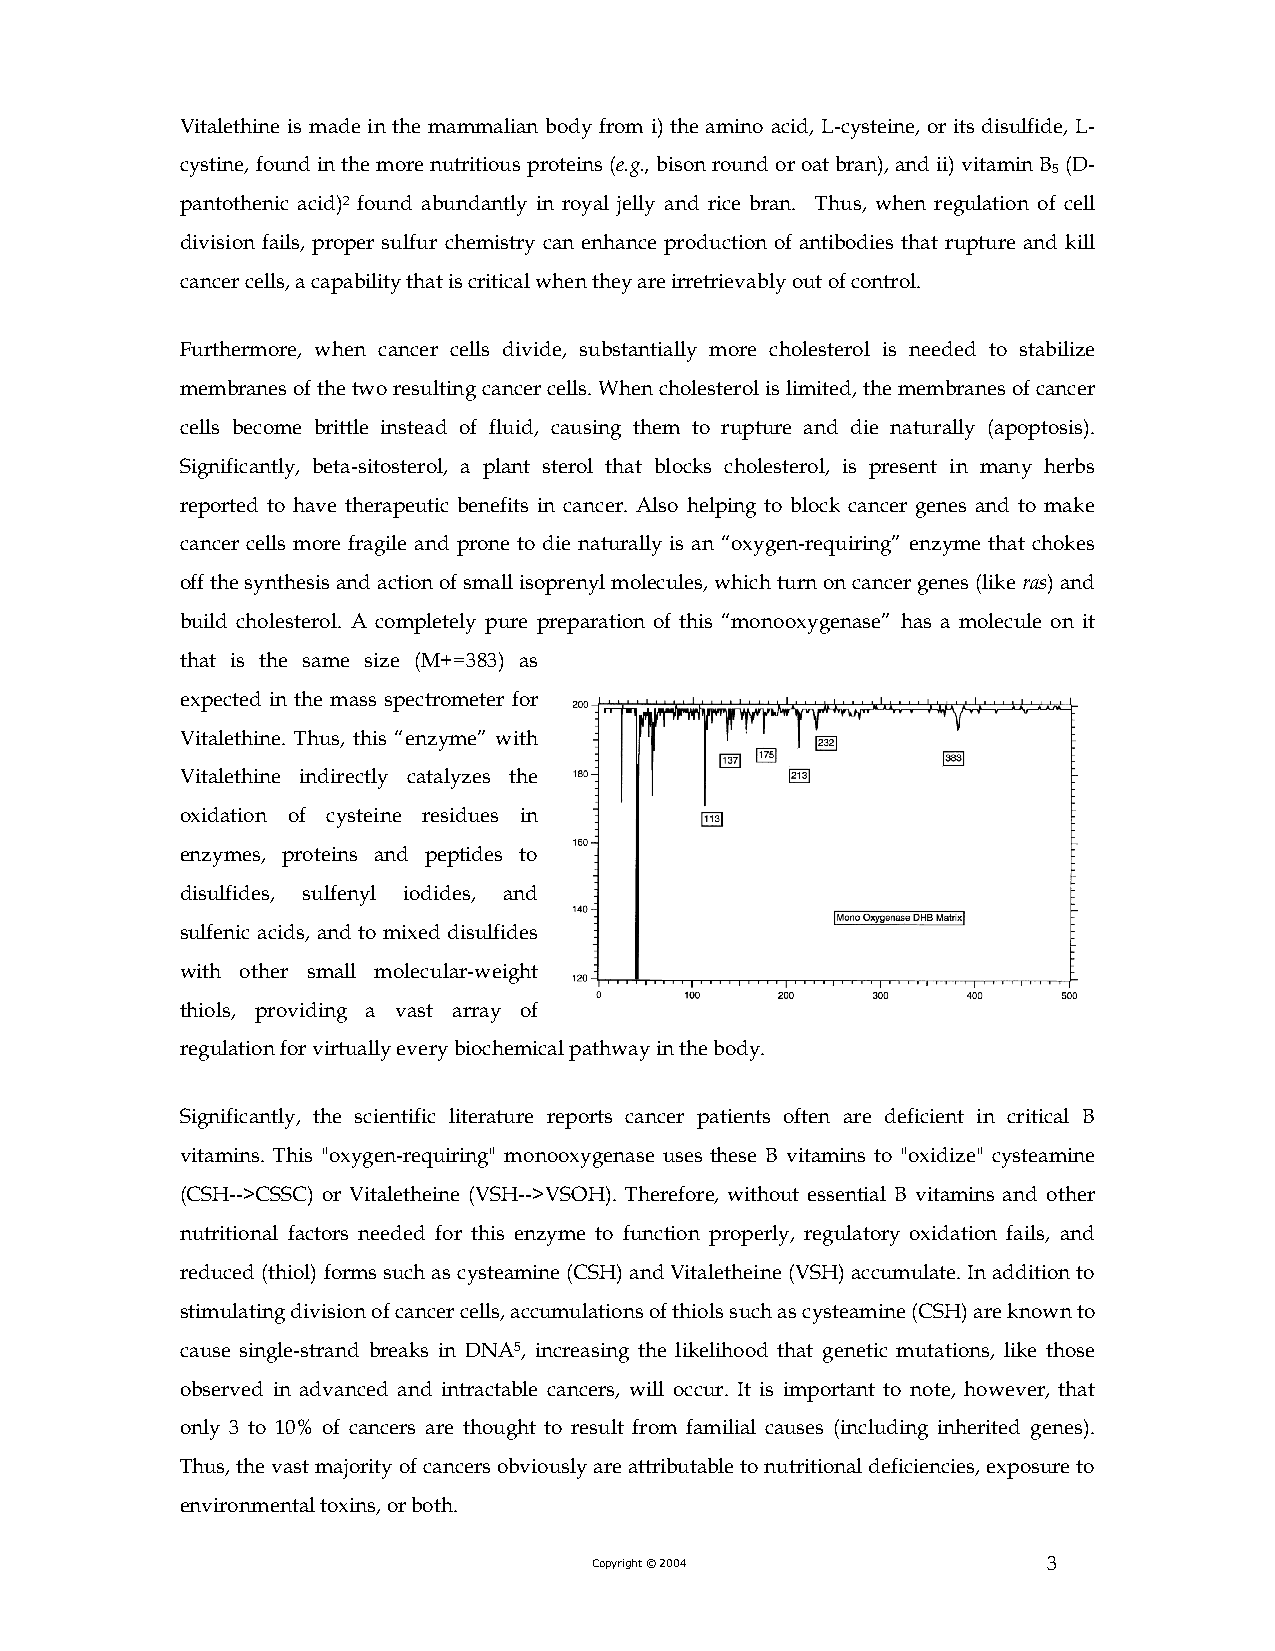
Vitalethine is made in the mammalian body from i) the amino acid, L-cysteine, or its disulfide, L-
 cystine, found in the more nutritious proteins (e.g., bison round or oat bran), and ii) vitamin B (D-
 5
 pantothenic acid)2 found abundantly in royal jelly and rice bran. Thus, when regulation of cell
 division fails, proper sulfur chemistry can enhance production of antibodies that rupture and kill
 cancer cells, a capability that is critical when they are irretrievably out of control.
 Furthermore, when cancer cells divide, substantially more cholesterol is needed to stabilize
 membranes of the two resulting cancer cells. When cholesterol is limited, the membranes of cancer
 cells become brittle instead of fluid, causing them to rupture and die naturally (apoptosis).
 Significantly, beta-sitosterol, a plant sterol that blocks cholesterol, is present in many herbs
 reported to have therapeutic benefits in cancer. Also helping to block cancer genes and to make
 cancer cells more fragile and prone to die naturally is an “oxygen-requiring” enzyme that chokes
 off the synthesis and action of small isoprenyl molecules, which turn on cancer genes (like ras) and
 build cholesterol. A completely pure preparation of this “monooxygenase” has a molecule on it
 that is the same size (M+=383) as
 expected in the mass spectrometer for
 Vitalethine. Thus, this “enzyme” with
 Vitalethine indirectly catalyzes the
 oxidation of cysteine residues in
 enzymes, proteins and peptides to
 disulfides, sulfenyl iodides, and
 sulfenic acids, and to mixed disulfides
 with other small molecular-weight
 thiols, providing a vast array of
 regulation for virtually every biochemical pathway in the body.
 Significantly, the scientific literature reports cancer patients often are deficient in critical B
 vitamins. This "oxygen-requiring" monooxygenase uses these B vitamins to "oxidize" cysteamine
 (CSH-->CSSC) or Vitaletheine (VSH-->VSOH). Therefore, without essential B vitamins and other
 nutritional factors needed for this enzyme to function properly, regulatory oxidation fails, and
 reduced (thiol) forms such as cysteamine (CSH) and Vitaletheine (VSH) accumulate. In addition to
 stimulating division of cancer cells, accumulations of thiols such as cysteamine (CSH) are known to
 cause single-strand breaks in DNA5, increasing the likelihood that genetic mutations, like those
 observed in advanced and intractable cancers, will occur. It is important to note, however, that
 only 3 to 10% of cancers are thought to result from familial causes (including inherited genes).
 Thus, the vast majority of cancers obviously are attributable to nutritional deficiencies, exposure to
 environmental toxins, or both.
 Copyright © 2004              3